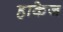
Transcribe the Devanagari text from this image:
हाकेज